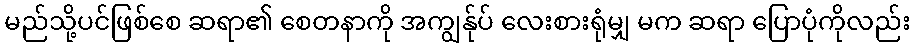
မည်သို့ပင်ဖြစ်စေ ဆရာ၏ စေတနာကို အကျွန်ုပ် လေးစားရုံမျှ မက ဆရာ ပြောပုံကိုလည်း